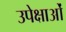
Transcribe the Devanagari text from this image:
उपेक्षाओं